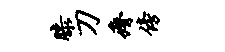
膝刀瘠傍